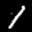
Label: 1